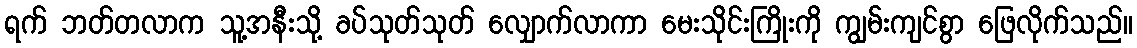
ရက် ဘတ်တလာက သူ့အနီးသို့ ခပ်သုတ်သုတ် လျှောက်လာကာ မေးသိုင်းကြိုးကို ကျွမ်းကျင်စွာ ဖြေလိုက်သည်။